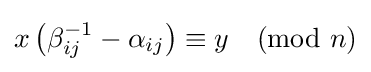
x\left(\beta _{ij}^{-1}-\alpha _{ij}\right)\equiv y{\pmod {n}}